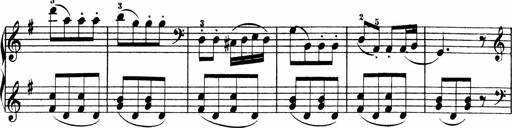
Title: 3 Sonatinen
Composer: Heinrich Lichner